Vabadussoja_Ajaloo_Komitee, lk 3
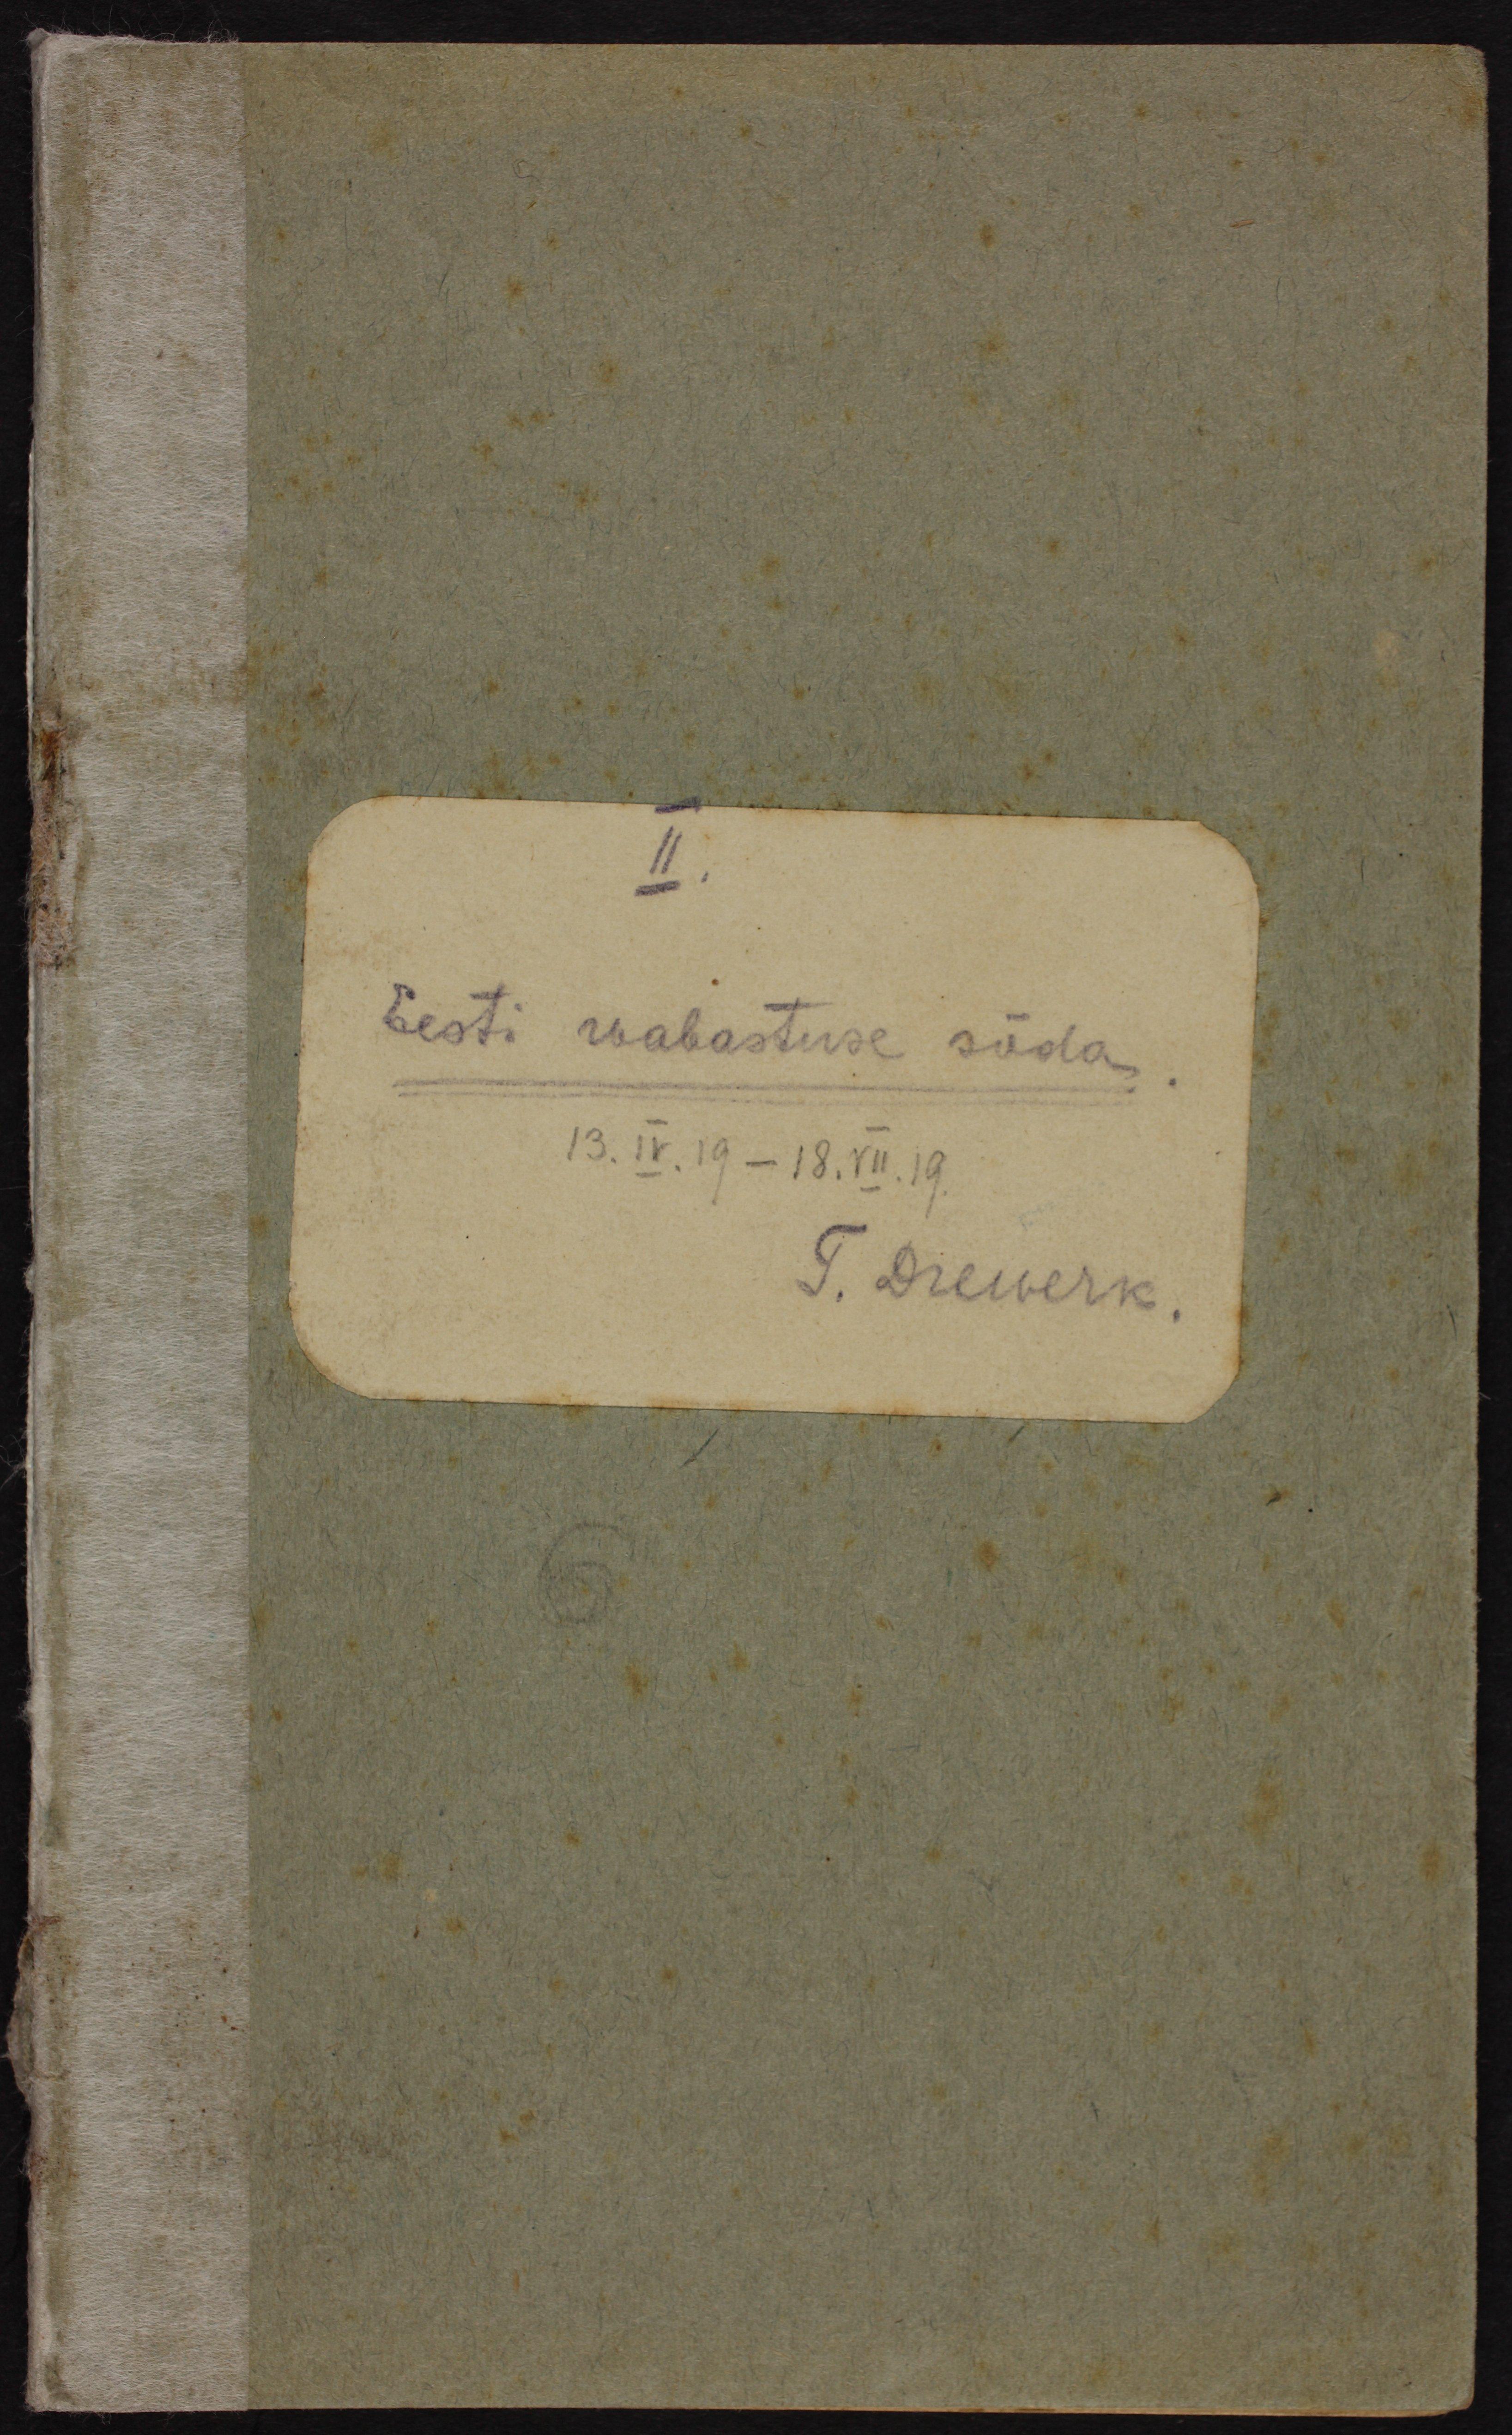
Eesti vabastuse sõda
13.IV.19 - 18.VII.19
T. Dreiverk